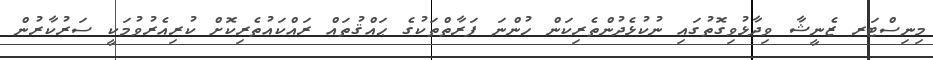
މިނިސްޓަރ ޒެނީޝާ ވިދާޅުވިގޮތުގައި ނުކުޅެދުންތެރިކަން ހުންނަ ފަރާތްތަކުގެ ޙައްޤުތައް ރައްކައުތެރިކޮށް ކުރިއެރުވުމަކީ ސަރުކާރުން